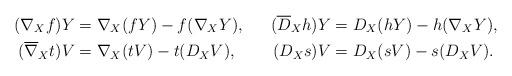
LaTeX: \begin{align*} (\nabla_{X}f)Y&=\nabla_{X}(fY)-f(\nabla_{X}Y), & (\overline{D}_{X}h)Y&=D_{X}(hY)-h(\nabla_{X}Y),\\ (\overline{\nabla}_{X}t)V&=\nabla_{X}(tV)-t(D_{X}V), & (D_{X}s)V&=D_{X}(sV)-s(D_{X}V). \end{align*}